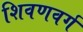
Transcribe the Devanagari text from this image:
शिवणवर्ग